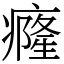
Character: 癃